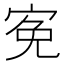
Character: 𡨚